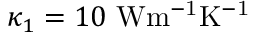
\kappa _ { 1 } = 1 0 ~ \mathrm { { W m ^ { - 1 } K ^ { - 1 } } }